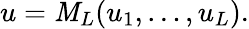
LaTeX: u=\mathit{M}_{L}(u_{1},\dots,u_{L}).